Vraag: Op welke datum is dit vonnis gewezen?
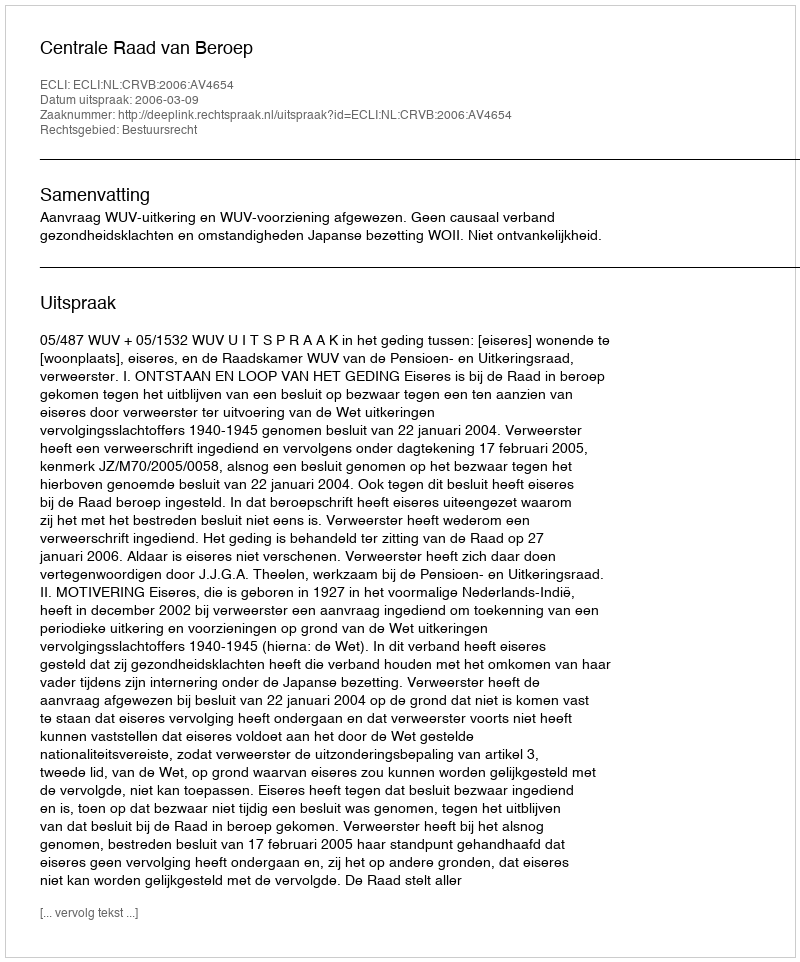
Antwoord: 2006-03-09